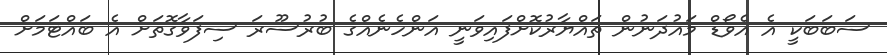
ސަބަބަކީ އެ އެވޯޑް މައުދަނުން ތައްޔާރުކޮށްފައިވަނީ އަންހެނެއްގެ ބުރުސޫރަ ސިފަވާގޮތަށް އެ ބައްޓަމަށް